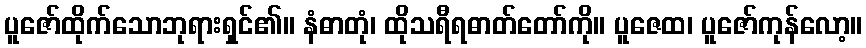
ပူဇော်ထိုက်သောဘုရားရှင်၏။ နံဓာတုံ၊ ထိုသရီရဓာတ်တော်ကို။ ပူဇေထ၊ ပူဇော်ကုန်လော့။